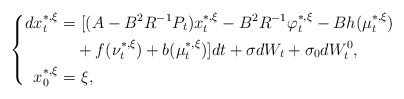
\begin{align*} \left\{ \begin{aligned} dx_t^{*,\xi}=&~[(A-B^2R^{-1}P_t)x_t^{*,\xi}-B^2R^{-1}\varphi_t^{*,\xi}-Bh(\mu_t^{*,\xi})\\&+f(\nu_t^{*,\xi})+b(\mu_t^{*,\xi})]dt+\sigma dW_t+\sigma_0dW^0_t,\\ x_0^{*,\xi}=&~\xi, \end{aligned} \right. \end{align*}